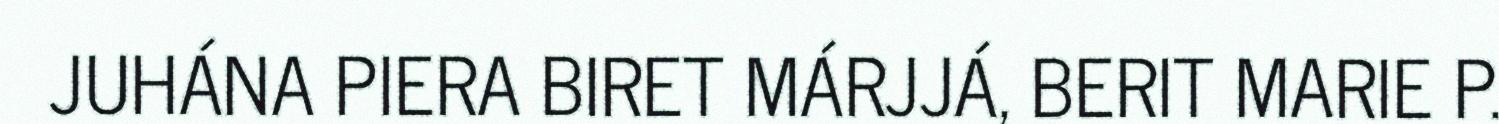
JUHÁNA PIERA BIRET MÁRJJÁ, BERIT MARIE P.